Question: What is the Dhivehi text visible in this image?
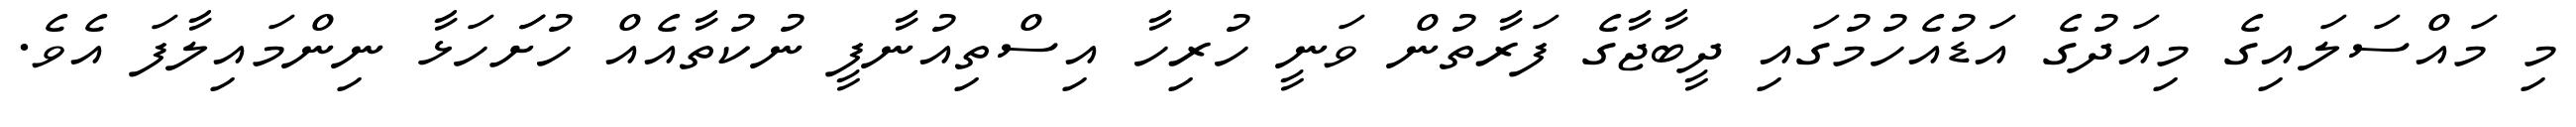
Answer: މި މައްސަލައިގެ މިއަދުގެ އަޑުއެހުމުގައި ދީބާޖާގެ ފަރާތުން ވަނީ ހުރިހާ އިސްތިއުނާފީ ނުކުތާއެއް ހުށަަހަޅާ ނިންމައިލާފަ އެވެ.